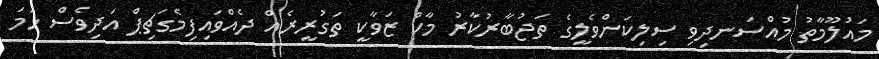
މައުލޫމާތު މުއްސަނދިވި ސިލިކަންވެލީގެ ތަޖުބާރުކާރު މާކް ޒަވާކީ ތަގުރީރެއް ދެއްވައިފިމެގަޗިޕް އަދިވެސް ހަމަ